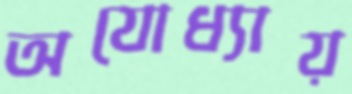
অযোধ্যায়